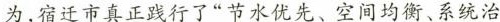
为，宿迁市真正践行了“节水优先、空间均衡、系统治